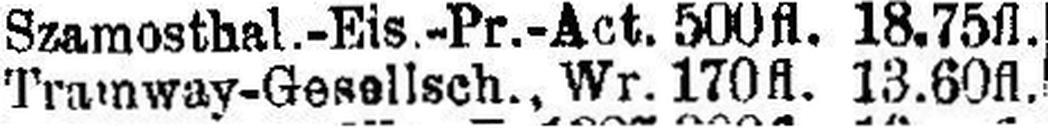
Tramway-Gesellsch., Wr. 170fl. 13.60fl.